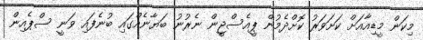
މިކަން މީޑިއާއަށް ކަށަވަރު ކޮށްދެމުން ޕީއެސްޖީން ނެރުނު ބަޔާނެއްގައި ބުނެފައި ވަނީ ސްޕެއިން